65_HS1-834228961_62-HQ-83894_Section_8
Agency: FBI
Page 178
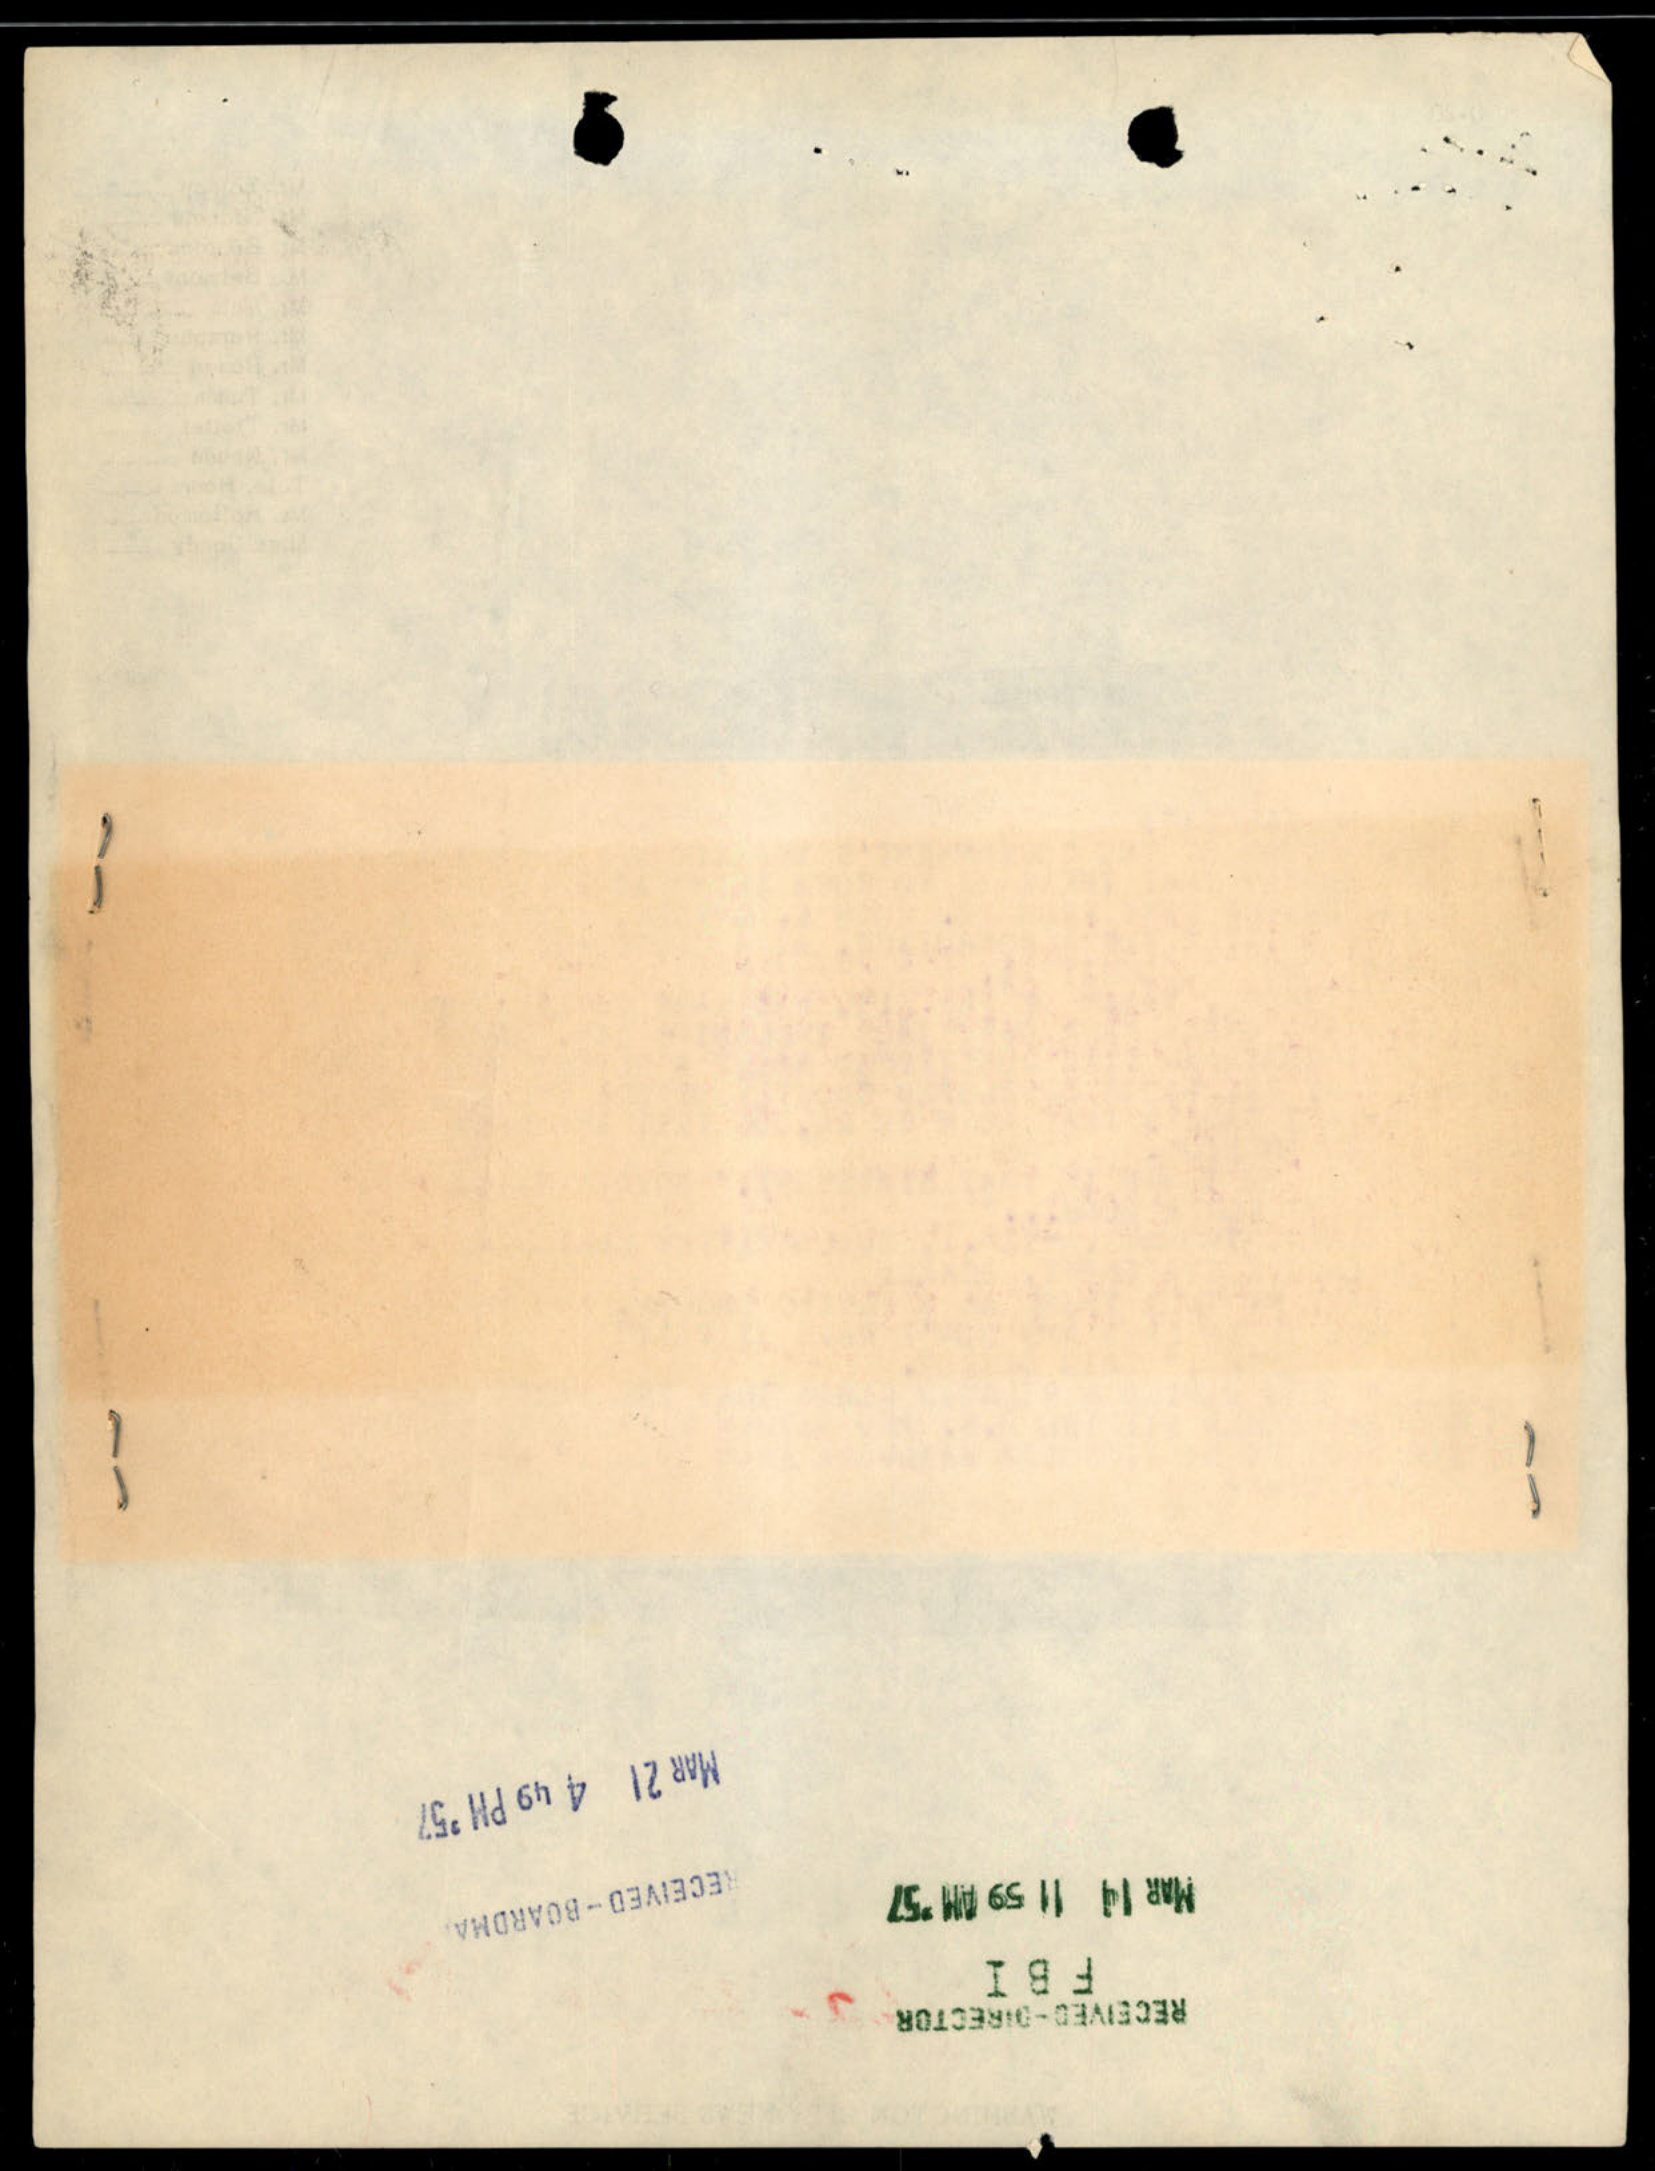